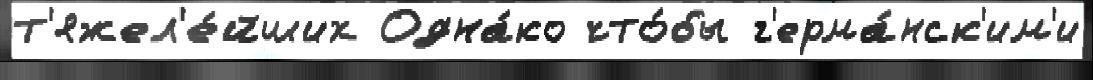
т'яжел'е́йших Одна́ко что́бы г'ерма́нск'им'и